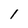
Character: 1